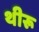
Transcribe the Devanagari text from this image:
थीरू